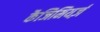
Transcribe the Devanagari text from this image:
कैजिमियर्ज़